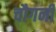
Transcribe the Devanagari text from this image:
चौगनी